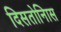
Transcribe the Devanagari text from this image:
दिसतोनिास